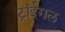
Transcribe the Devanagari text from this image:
ट्रांईगल